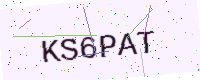
Text: KS6PAT